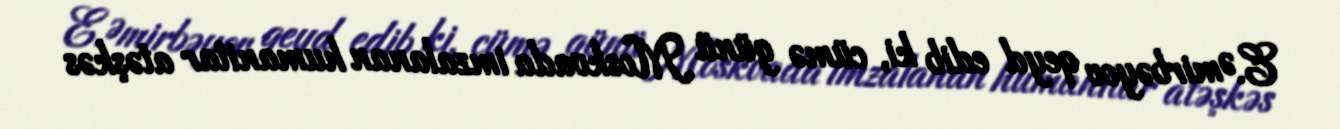
E.Əmirbəyov qeyd edib ki, cümə günü Moskvada imzalanan humanitar atəşkəs